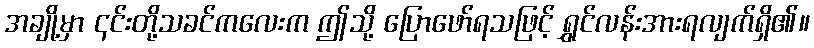
အချို့မှာ ၎င်းတို့သခင်ကလေးက ဤသို့ ပြောဖော်ရသဖြင့် ရွှင်လန်းအားရလျက်ရှိ၏။